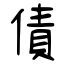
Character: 債